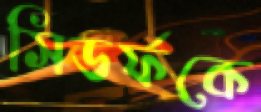
সিডর্ফকে